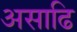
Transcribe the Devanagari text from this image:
असाढि